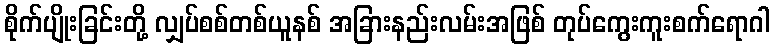
စိုက်ပျိုးခြင်းတို့ လျှပ်စစ်တစ်ယူနစ် အခြားနည်းလမ်းအဖြစ် တုပ်ကွေးကူးစက်ရောဂါ